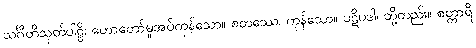
သင်္ဂီတိသုတ်ပါဠိ၊ ဟောတော်မူအပ်ကုန်သော။ စတဿေ၊ ကုန်သော။ ပဋိပဒါ၊ တို့တည်း။ စတ္တာရိ